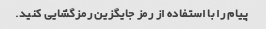
پیام را با استفاده از رمز جایگزین رمزگشایی کنید.